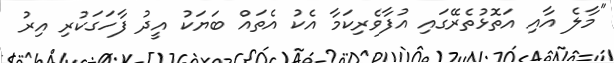
"މާލެ އާއި އަތޮޅުތެރޭގައި އުފާވެރިކަމާ އެކު އެތައް ބަޔަކު އީދު ފާހަގަކުރި އިރު